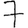
Digit: 7